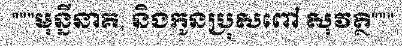
"""មុន្នីនាគ, និងកូនប្រុសពៅ សុវត្ថិ"""